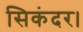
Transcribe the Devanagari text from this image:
सिकंदर।